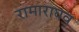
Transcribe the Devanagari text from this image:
रामाराघव